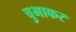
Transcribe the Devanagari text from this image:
चुभाकर